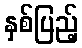
နှစ်ပြည့်